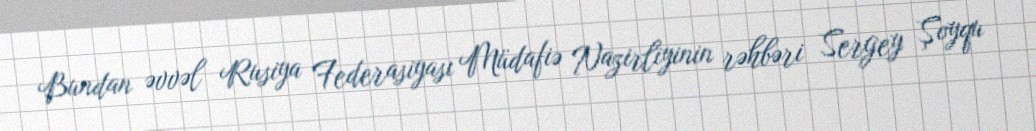
Bundan əvvəl Rusiya Federasiyası Müdafiə Nazirliyinin rəhbəri Sergey Şoyqu